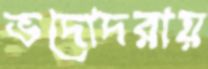
ভদোদরায়